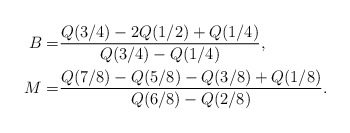
\begin{align*}B=&\frac{Q(3/4)-2Q(1/2)+Q(1/4)}{Q(3/4)-Q(1/4)},\\M=&\frac{Q(7/8)-Q(5/8)-Q(3/8)+Q(1/8)}{Q(6/8)-Q(2/8)}.\end{align*}